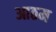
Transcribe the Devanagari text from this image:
आठम